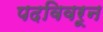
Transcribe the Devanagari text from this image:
पदविवरून